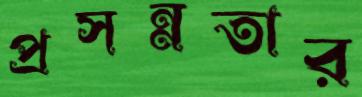
প্রসন্নতার